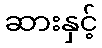
ဆားနှင့်